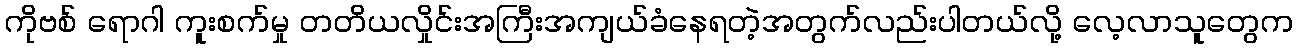
ကိုဗစ် ရောဂါ ကူးစက်မှု တတိယလှိုင်းအကြီးအကျယ်ခံနေရတဲ့အတွက်လည်းပါတယ်လို့ လေ့လာသူတွေက